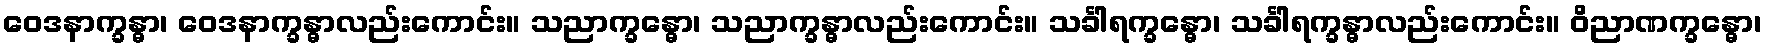
ဝေဒနာက္ခန္ဓာ၊ ဝေဒနာက္ခန္ဓာလည်းကောင်း။ သညာက္ခန္ဓော၊ သညာက္ခန္ဓာလည်းကောင်း။ သင်္ခါရက္ခန္ဓော၊ သင်္ခါရက္ခန္ဓာလည်းကောင်း။ ဝိညာဏက္ခန္ဓော၊